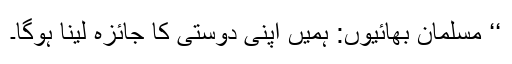
‘‘ مسلمان بھائیوں: ہمیں اپنی دوستی کا جائزہ لینا ہوگا۔